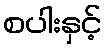
စပါးနှင့်